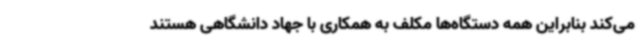
می‌کند بنابراین همه دستگاه‌ها مکلف به همکاری با جهاد دانشگاهی هستند